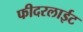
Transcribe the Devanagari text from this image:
फीदरलाईट